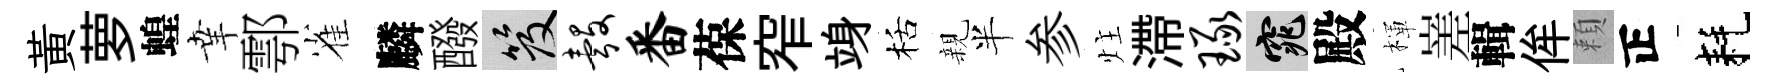
黄萝蝗𦍒鄠雀麟醱笈彀番葆窄竧栝親半参炷滯琢窕殿楎嵳輯侔頼正耗